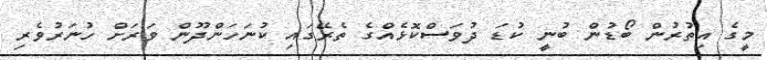
މީގެ އިތުރުން ބޯޑުން ބުނީ ކުޑަ ދުވަސްކޮޅެއްގެ ތެރޭގައި ކުނަހަންދޫން ވަރަށް ހުނަރުވެރި